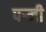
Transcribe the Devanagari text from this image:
पर्‍नी